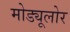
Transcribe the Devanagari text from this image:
मोड्यूलोर